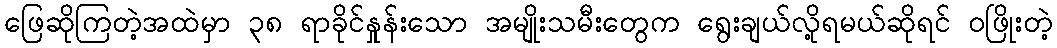
ဖြေဆိုကြတဲ့အထဲမှာ ၃၈ ရာခိုင်နှုန်းသော အမျိုးသမီးတွေက ရွေးချယ်လို့ရမယ်ဆိုရင် ဝဖြိုးတဲ့